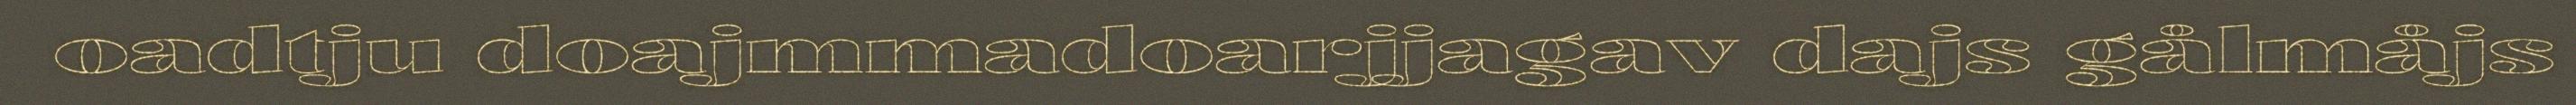
oadtju doajmmadoarjjagav dajs gålmåjs